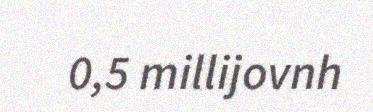
0,5 millijovnh